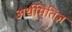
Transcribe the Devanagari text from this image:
अर्थमितिज्ञ